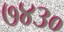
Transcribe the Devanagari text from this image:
७४३०